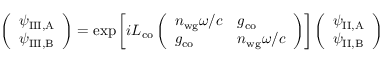
\left( \begin{array} { l } { \psi _ { \mathrm { I I I , A } } } \\ { \psi _ { \mathrm { I I I , B } } } \end{array} \right) = \exp { \left[ i L _ { \mathrm { c o } } \left( \begin{array} { l l } { n _ { \mathrm { w g } } \omega / c } & { g _ { \mathrm { c o } } } \\ { g _ { \mathrm { c o } } } & { n _ { \mathrm { w g } } \omega / c } \end{array} \right) \right] } \left( \begin{array} { l } { \psi _ { \mathrm { I I , A } } } \\ { \psi _ { \mathrm { I I , B } } } \end{array} \right)